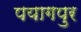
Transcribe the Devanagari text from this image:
पयागपुर